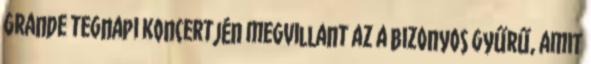
Grande tegnapi koncertjén megvillant az a bizonyos gyűrű, amit